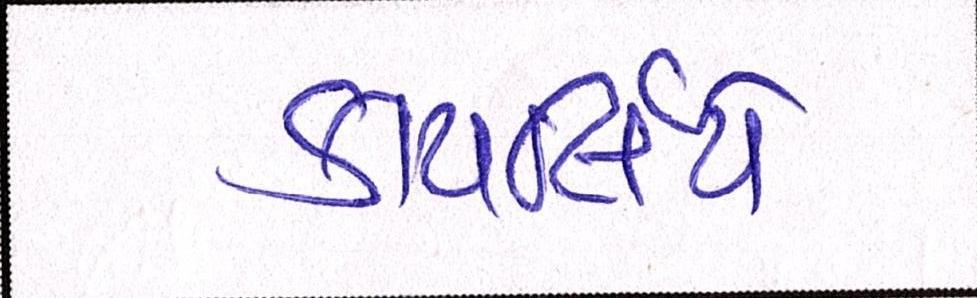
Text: કાયર્લિયે